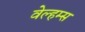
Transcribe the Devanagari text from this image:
वेल्हम्स